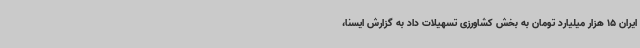
ایران 15 هزار میلیارد تومان به بخش کشاورزی تسهیلات داد به گزارش ایسنا،